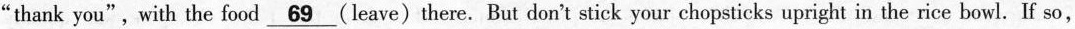
"thank you",with the food \underline{69} (leave)there. But don't stick your chopsticks upright in the rice bowl. If so,